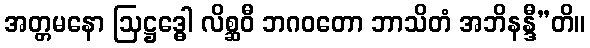
အတ္တမနော ဩဋ္ဌဒ္ဓေါ လိစ္ဆဝီ ဘဂဝတော ဘာသိတံ အဘိနန္ဒီ”တိ။